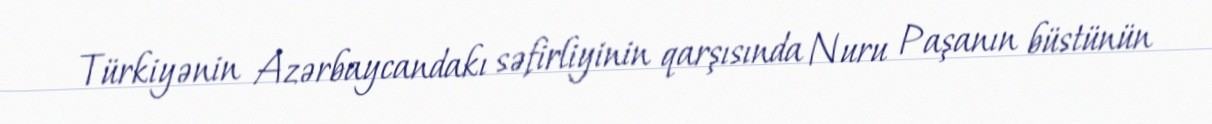
Türkiyənin Azərbaycandakı səfirliyinin qarşısında Nuru Paşanın büstünün